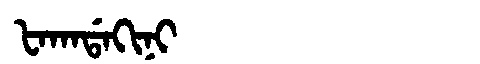
Manchu: ᡶᠠᡴᠠᡩᠠᡴᡳᠨᡳ
Romanization: FAKADAKINI